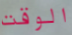
الوقت